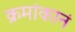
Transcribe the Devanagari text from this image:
क्रमांकानं